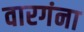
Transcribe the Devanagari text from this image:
वारगंना